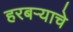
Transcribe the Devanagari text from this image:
हरबऱ्याचे